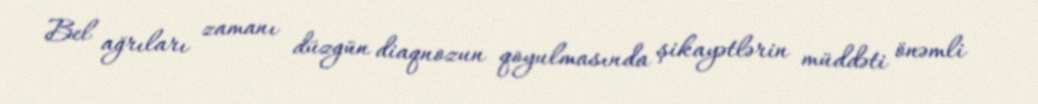
Bel ağrıları zamanı düzgün diaqnozun qoyulmasında şikayətlərin müddəti önəmli